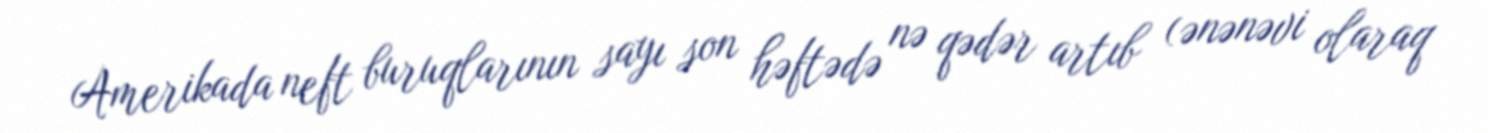
Amerikada neft buruqlarının sayı son həftədə nə qədər artıb (ənənəvi olaraq